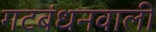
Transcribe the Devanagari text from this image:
गटबंधनवाली